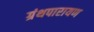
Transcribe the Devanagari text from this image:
ग्रंथपारायण